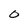
Character: 0